Civil Veterinary Dept. Bombay admin report 1932-41 - 1932-1941
Year: 1932
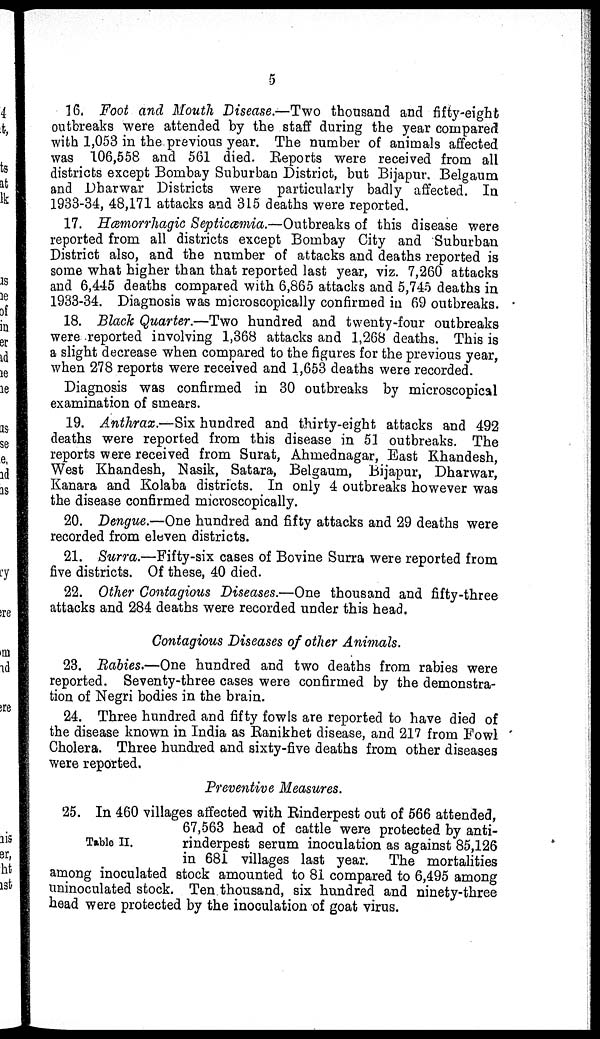
5
16. Foot and Mouth Disease.—Two thousand and fifty-eight
outbreaks were attended by the staff during the year compared
with 1,053 in the previous year. The number of animals affected
was 106,558 and 561 died. Reports were received from all
districts except Bombay Suburban District, but Bijapur. Belgaum
and Dharwar Districts were particularly badly affected. In
1933-34, 48,171 attacks and 315 deaths were reported.
17. Hæmorrhagic Septicæmia.—Outbreaks of this disease were
reported from all districts except Bombay City and Suburban
District also, and the number of attacks and deaths reported is
some what higher than that reported last year, viz. 7,260 attacks
and 6,445 deaths compared with 6,865 attacks and 5,745 deaths in
1933-34. Diagnosis was microscopically confirmed in 69 outbreaks.
18. Black Quarter.—Two hundred and twenty-four outbreaks
were reported involving 1,368 attacks and 1,268 deaths. This is
a slight decrease when compared to the figures for the previous year,
when 278 reports were received and 1,653 deaths were recorded.
Diagnosis was confirmed in 30 outbreaks by microscopical
examination of smears.
19. Anthrax.—Six hundred and thirty-eight attacks and 492
deaths were reported from this disease in 51 outbreaks. The
reports were received from Surat, Ahmednagar, East Khandesh,
West Khandesh, Nasik, Satara, Belgaum, Bijapur, Dharwar,
Kanara and Kolaba districts. In only 4 outbreaks however was
the disease confirmed microscopically.
20. Dengue.—One hundred and fifty attacks and 29 deaths were
recorded from eleven districts.
21. Surra.—Fifty-six cases of Bovine Surra were reported from
five districts. Of these, 40 died.
22. Other Contagious Diseases.—One thousand and fifty-three
attacks and 284 deaths were recorded under this head.
Contagious Diseases of other Animals.
23. Rabies.—One hundred and two deaths from rabies were
reported. Seventy-three cases were confirmed by the demonstra-
tion of Negri bodies in the brain.
24. Three hundred and fifty fowls are reported to have died of
the disease known in India as Ranikhet disease, and 217 from Fowl
Cholera. Three hundred and sixty-five deaths from other diseases
were reported.
Preventive Measures.
Table II.
25. In 460 villages affected with Rinderpest out of 566 attended,
67,563 head of cattle were protected by anti-
rinderpest serum inoculation as against 85,126
in 681 villages last year. The mortalities
among inoculated stock amounted to 81 compared to 6,495 among
uninoculated stock. Ten thousand, six hundred and ninety-three
head were protected by the inoculation of goat virus.